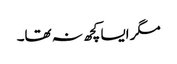
مگر ایسا کچھ نہ تھا۔